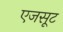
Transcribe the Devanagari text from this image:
एजसूट